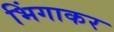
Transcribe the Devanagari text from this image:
भिंगाकर